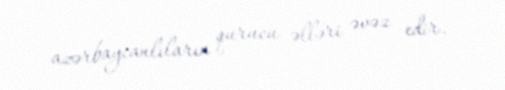
azərbaycanlıların qurucu əlləri əvəz edir.